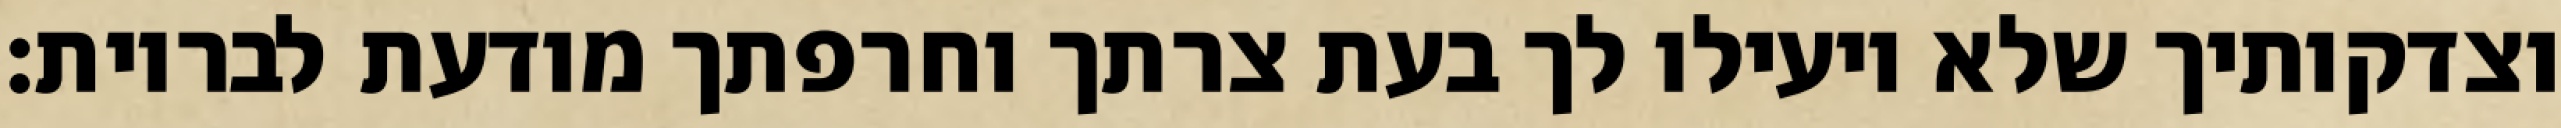
וצדקותיך שלא יועילו לך בעת צרתך וחרפתך מודעת לבריות: